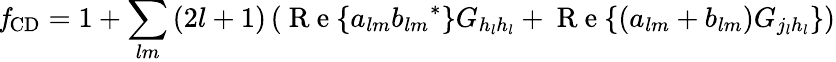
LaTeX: \mathit{f}_{\mathrm{{CD}}}=1+\sum_{lm}\left(2l+1\right)\left(\mathrm{~R~e~}\{ a_{lm}{b_{lm}}^{*}\} G_{h_{l}h_{l}}+\mathrm{~R~e~}\{ \left(a_{lm}+b_{lm}\right)G_{j_{l}h_{l}}\} \right)